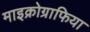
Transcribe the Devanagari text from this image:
माइक्रोग्राफिया